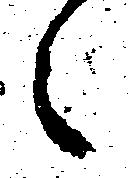
々